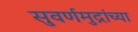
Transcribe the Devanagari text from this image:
सुवर्णमुद्रांच्या